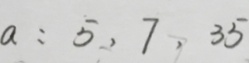
a : 5 , 7 , 3 5